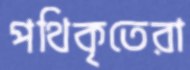
পথিকৃতেরা